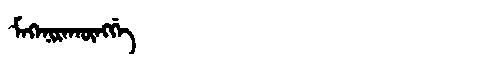
Manchu: ᠮᡝᡴᡝᠨᡳᡵᠠᡴᡡᠩᡤᡝ
Romanization: MEKENIRAKŪNGGE